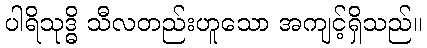
ပါရိသုဒ္ဓိ သီလတည်းဟူသော အကျင့်ရှိသည်။